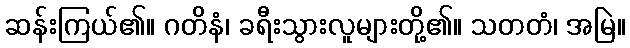
ဆန်းကြယ်၏။ ဂတိနံ၊ ခရီးသွားလူများတို့၏။ သတတံ၊ အမြဲ။